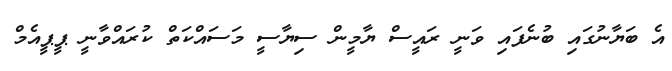
އެ ބަޔާނުގައި ބުނެފައި ވަނީ ރައީސް ޔާމީން ސިޔާސީ މަސައްކަތް ކުރައްވާނީ ޕީޕީއެމް